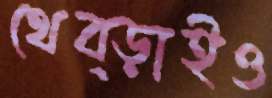
থেব্‌ড়াইও